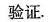
验证。